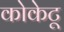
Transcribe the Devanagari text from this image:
कोकेटू